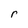
Character: r